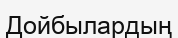
Дойбылардың